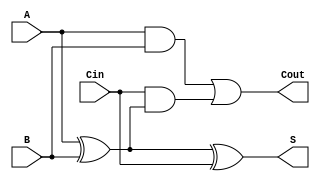
module TransmissionGateFullAdder (
    input wire A,      // First input bit
    input wire B,      // Second input bit
    input wire Cin,    // Carry input bit
    output wire S,     // Sum output bit
    output wire Cout   // Carry output bit
);

// Intermediate signals
wire AB_xor, AB_and, Cin_and;

// Compute intermediate sum (A XOR B)
assign AB_xor = A ^ B;

// Compute the sum S (A XOR B) XOR Cin
assign S = AB_xor ^ Cin;

// Compute carry Cout
assign AB_and = A & B;                       // A AND B
assign Cin_and = Cin & AB_xor;               // Cin AND (A XOR B)
assign Cout = AB_and | Cin_and;              // Cout = (A AND B) OR (Cin AND (A XOR B))

endmodule